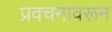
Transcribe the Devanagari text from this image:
प्रवचनावरून